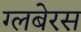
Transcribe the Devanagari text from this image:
ग्लबेरस